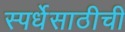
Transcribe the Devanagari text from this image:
स्पर्धेसाठीची